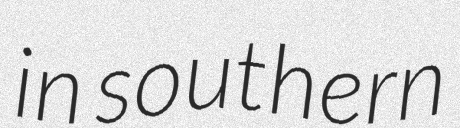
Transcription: in southern